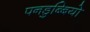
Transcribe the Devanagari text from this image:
पनडुब्बियो